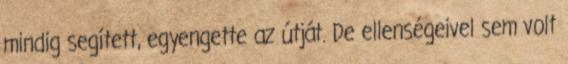
mindig segített, egyengette az útját. De ellenségeivel sem volt